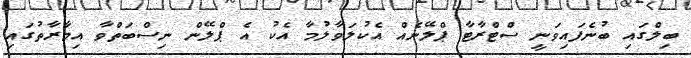
ބިލްގައި ބުނެފައިވަނީ ސްޓްރާޓާ ޕްލޭނެއް އެކުލަވާލުމާ އެކު އެ ޕްލޭން ނިސްބަތްވާ އިމާރާތުގައި